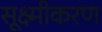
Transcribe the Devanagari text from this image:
सूक्ष्मीकरण